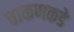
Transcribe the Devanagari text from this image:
चाकणकडे